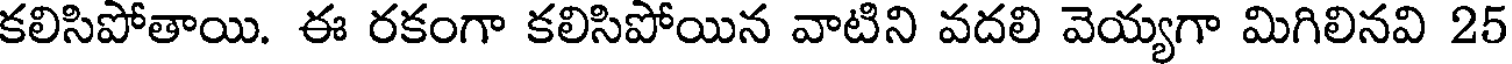
కలిసిపోతాయి. ఈ రకంగా కలిసిపోయిన వాటిని వదలి వెయ్యగా మిగిలినవి 25